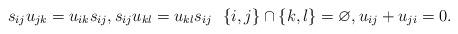
LaTeX: \begin{gather*}s_{ij} u_{jk}= u_{ik} s_{ij},s_{ij} u_{kl}=u_{kl} s_{ij} \ \ \{i,j\}\cap \{ k,l\}=\varnothing, u_{ij}+u_{ji}=0.\end{gather*}